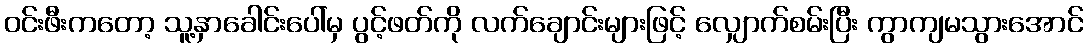
ဝင်းဖီးကတော့ သူ့နှာခေါင်းပေါ်မှ ပွင့်ဖတ်ကို လက်ချောင်းများဖြင့် လျှောက်စမ်းပြီး ကွာကျမသွားအောင်